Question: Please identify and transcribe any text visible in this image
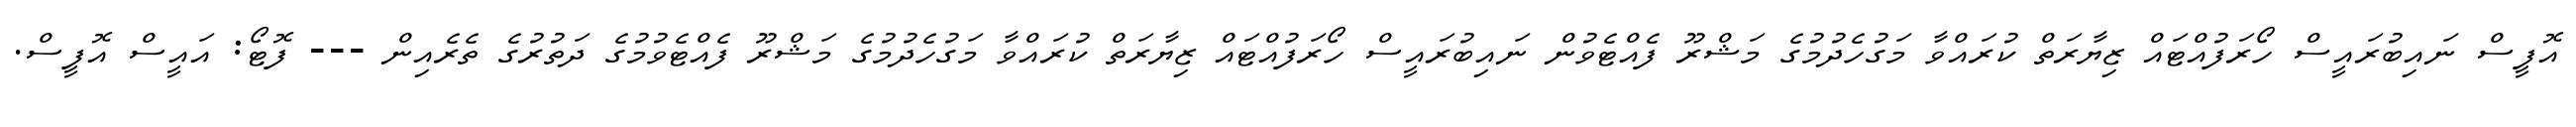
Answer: އޮފީސް ނައިބުރައީސް ހޯރަފުއްޓައް ޒިޔާރަތް ކުރައްވާ މަގުހެދުމުގެ މަޝްރޫ ފެއްޓެވުން ނައިބުރައީސް ހޯރަފުއްޓައް ޒިޔާރަތް ކުރައްވާ މަގުހެދުމުގެ މަޝްރޫ ފެއްޓެވުމުގެ ދަތުރުގެ ތެރެއިން --- ފޮޓޯ: އައީސް އޮފީސް.